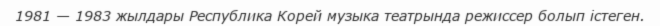
1981 — 1983 жылдары Республика Корей музыка театрында режиссер болып істеген.